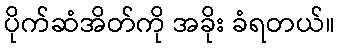
ပိုက်ဆံအိတ်ကို အခိုး ခံရတယ်။